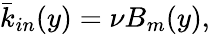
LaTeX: \bar{k}_{in}(y)=\nu B_{m}(y),